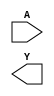
module box(
    (* invertible_pin="INV_A" *)
    input  wire A,
    output wire Y
);

    parameter [0:0] INV_A = 1'b0;

endmodule